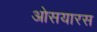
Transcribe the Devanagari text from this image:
ओसयारस